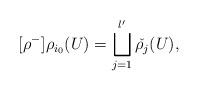
LaTeX: \begin{align*}[\rho^-]\rho_{i_0}(U) = \bigsqcup_{j=1}^{l'} \check{\rho_j}(U), \end{align*}